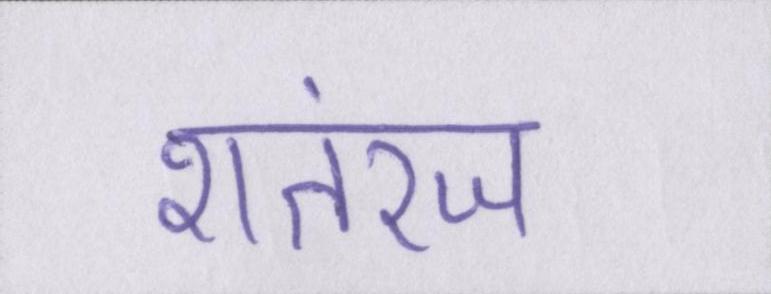
शतरंज